Indian journal of veterinary science and animal husbandry - Volume 6,
Year: 1936
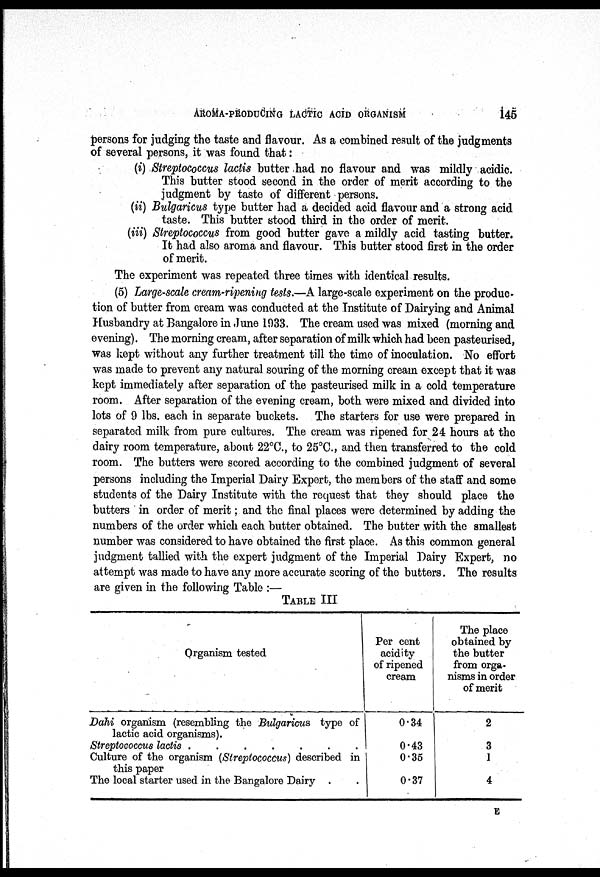
AROMA-PRODUCING LACTIC ACID ORGANISM
145
persons for judging the taste and flavour. As a combined result of the judgments
of several persons, it was found that:
(i) Streptococcus lactis butter had no flavour and was mildly acidic.
This butter stood second in the order of merit according to the
judgment by taste of different persons.
(ii) Bulgaricus type butter had a decided acid flavour and a strong acid
taste. This butter stood third in the order of merit.
(iii) Streptococcus from good butter gave a mildly acid tasting butter.
It had also aroma and flavour. This butter stood first in the order
of merit.
The experiment was repeated three times with identical results.
(5) Large-scale cream-ripening tests.—A large-scale experiment on the produc-
tion of butter from cream was conducted at the Institute of Dairying and Animal
Husbandry at Bangalore in June 1933. The cream used was mixed (morning and
evening). The morning cream, after separation of milk which had been pasteurised,
was kept without any further treatment till the time of inoculation. No effort
was made to prevent any natural souring of the morning cream except that it was
kept immediately after separation of the pasteurised milk in a cold temperature
room. After separation of the evening cream, both were mixed and divided into
lots of 9 lbs. each in separate buckets. The starters for use were prepared in
separated milk from pure cultures. The cream was ripened for 24 hours at the
dairy room temperature, about 22°C., to 25°C., and then transferred to the cold
room. The butters were scored according to the combined judgment of several
persons including the Imperial Dairy Expert, the members of the staff and some
students of the Dairy Institute with the request that they should place the
butters in order of merit; and the final places were determined by adding the
numbers of the order which each butter obtained. The butter with the smallest
number was considered to have obtained the first place. As this common general
judgment tallied with the expert judgment of the Imperial Dairy Expert, no
attempt was made to have any more accurate scoring of the butters. The results
are given in the following Table :
TABLE III
Organism tested
Dahi organism (resembling the Bulgaricus type of
lactic acid organisms).
Streptococcus lactis
.
.
.
.
.
.
.
Culture of the organism (Streptococcus) described in
this paper
The local starter used in the Bangalore Dairy . .
Per cent
acidity
of ripened
cream
0.34
0.43
0.35
0.37
The place
obtained by
the butter
from orga-
nisms in order
of merit
2
3
1
4
E